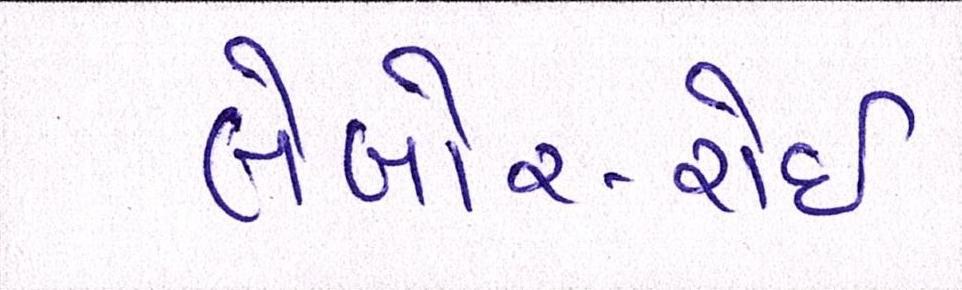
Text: લેબોર-રોઈ